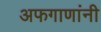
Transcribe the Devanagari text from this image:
अफगाणांनी